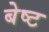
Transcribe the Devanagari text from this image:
बेष्ट